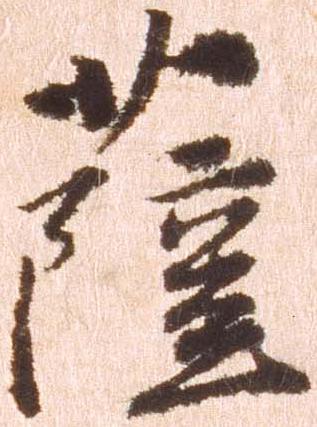
薩